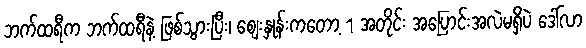
ဘက်ထရီက ဘက်ထရီနဲ့ ဖြစ်သွားပြီး၊ စျေးနှုန်းကတော့ 1 အတိုင်း အပြောင်းအလဲမရှိပဲ ဒေါ်လာ